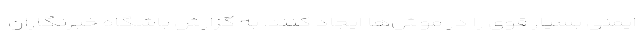
ایمنی بسیار قوی را در موش‌ها ایجاد کنند. به گزارش باشگاه خبرنگاران